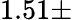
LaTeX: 1.51\pm